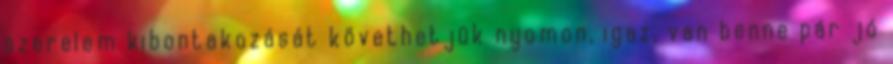
szerelem kibontakozását követhetjük nyomon, igaz, van benne pár jó